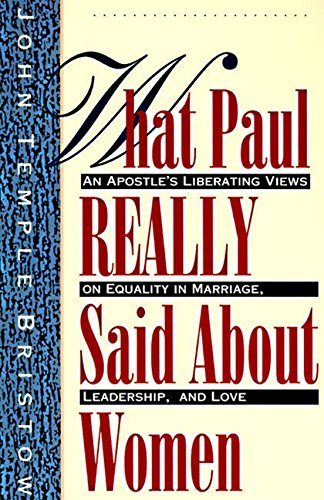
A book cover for What Paul Really Said About Women: The Apostle's Liberating Views on Equality in Marriage, Leadership, and Love; John T. Bristow; Christian Books & Bibles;